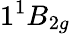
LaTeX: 1^{1}B_{2g}